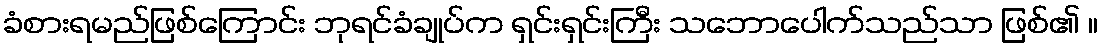
ခံစားရမည်ဖြစ်ကြောင်း ဘုရင်ခံချုပ်က ရှင်းရှင်းကြီး သဘောပေါက်သည်သာ ဖြစ်၏ ။